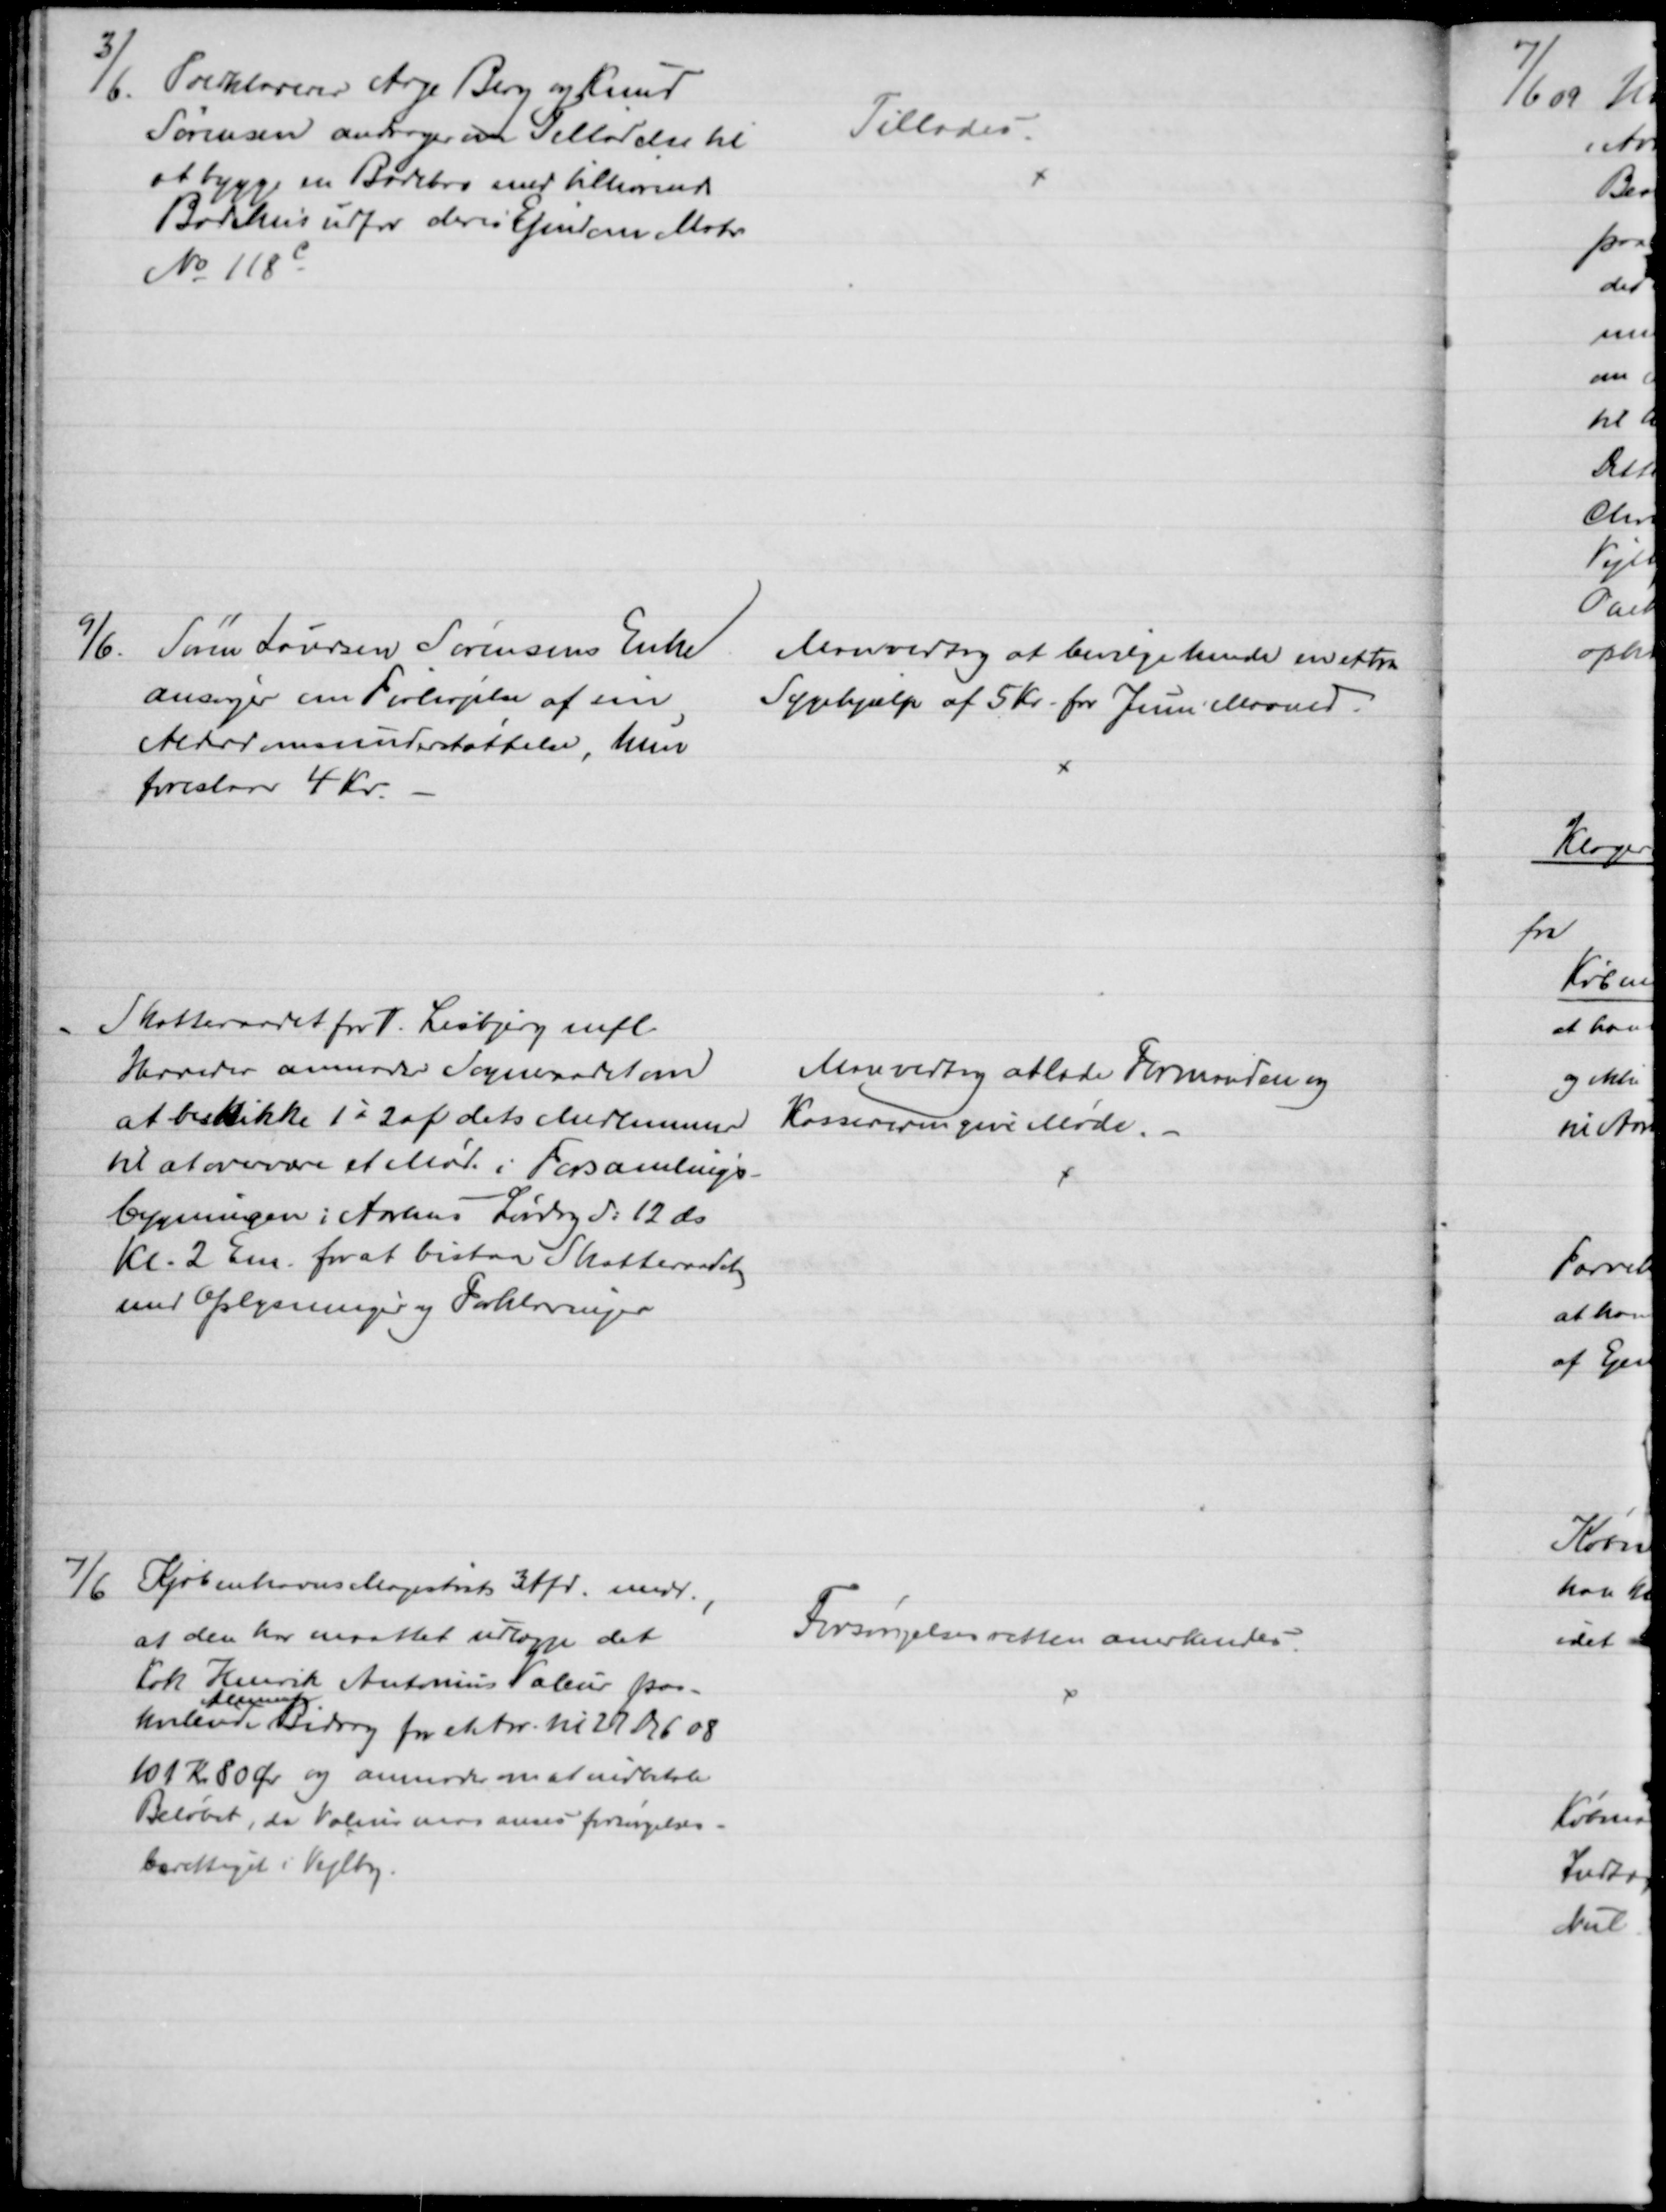
Transskription:
3/6. Toldklarerer Aage Berg og Knud
Sørensen andrager et Tilladelse til
at bygge en Badebro med tilhørende 
Badehus udfor deres Ejendom Matr.
№ 118c
Tillodes
9/6.
Søren Laursen Sørensens Enke
ansøger om Forhøjelse af sin
Alderdomsunderstøttelse, hun
foreslaar 4 Kr.
Man vedtog at bevilge hende en extra
Sygehjælp af 5 Kr. for Juni Maaned.
Skatteraadet for V. Lisbjerg mfl.
Herreder anmoder Sogneraadet om
at beskikke 1 - 2 af dets Medlemmer
til at overvære et Møde i Forsamlings-
bygningen i Aarhus Lørdag d: 12 ds.
Kl. 2 Em. for at bistaa Skatteraadet
med Oplysninger og Forklaringer
Man vedtog at lade Formanden og
Kassereren give Møde.
7/6 Kjøbenhavns Magistrat 3 Afd. medd.,
at den har maattet udlægge det
Kok Henrik Antonius Valeur paa-
hvilende 
Aliment
Bidrag for et Aar til 27 Ds 6 08
101 Kr 80 Øre og anmoder om at indbetale
Beløbet, da Valeur maa anses forsørgelses-
berettiget i Vejlby.
Forsørgelsesretten anerkendes.